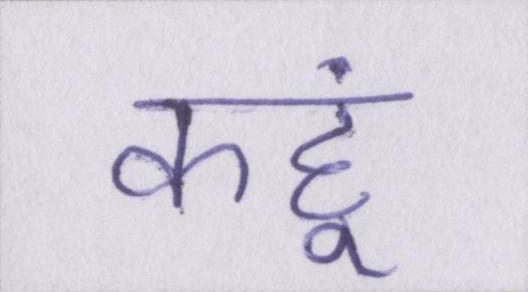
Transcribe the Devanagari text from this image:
कहूं